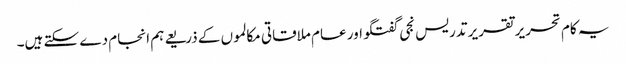
یہ کام تحریر تقریر تدریس نجی گفتگو اور عام ملاقاتی مکالموں کے ذریعے ہم انجام دے سکتے ہیں۔